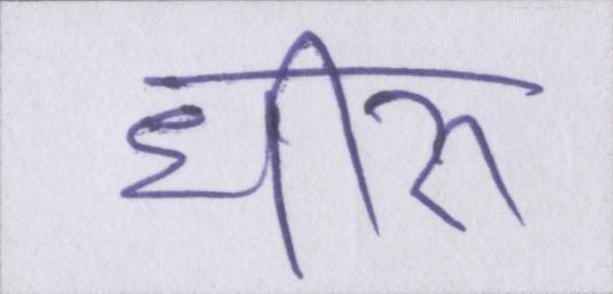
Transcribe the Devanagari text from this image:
धीरू